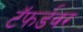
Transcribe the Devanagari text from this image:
टॅफर्डवर